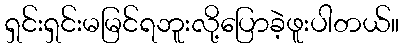
ရှင်းရှင်းမမြင်ရဘူးလို့ပြောခဲ့ဖူးပါတယ်။